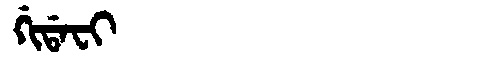
Manchu: ᡤᡳᡩᠠᠸᡳ
Romanization: GIDAFI